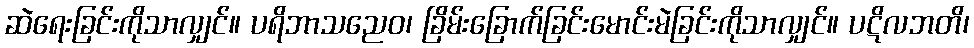
ဆဲရေးခြင်းကိုသာလျှင်။ ပရိဘာသညေဝ၊ ခြိမ်းခြောက်ခြင်းမောင်းမဲခြင်းကိုသာလျှင်။ ပဋိလဘတိ၊